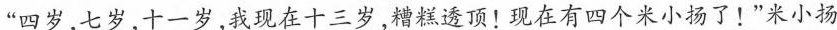
“四岁七岁十一岁,我现在十三岁，糟糕透顶!现在有四个米小扬了!”米小扬